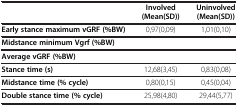
|  | Involved (Mean(SD)) | Uninvolved (Mean(SD)) |
 | --- | --- | --- |
 | Early stance maximum vGRF (%BW) | 0,97(0,09) | 1,01(0,10) |
 | Midstance minimum Vgrf (%BW) |  |  |
 | Average vGRF (%BW) |  |  |
 | Stance time (s) | 12,68(3,45) | 0,83(0,08) |
 | Midstance time (% cycle) | 0,80(0,15) | 0,45(0,04) |
 | Double stance time (% cycle) | 25,98(4,80) | 29,44(5,77) |